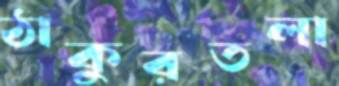
ঠাকুরতলা